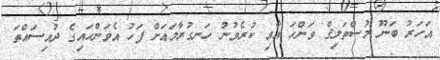
އަހަރު ބަނޫ މުސްތަލިޤް ވަންހަ އާއި ކުރެވުނު ހަނގުރާމައަށް ފަހު އެވަންހައިގެ ދުއިސައްތަ